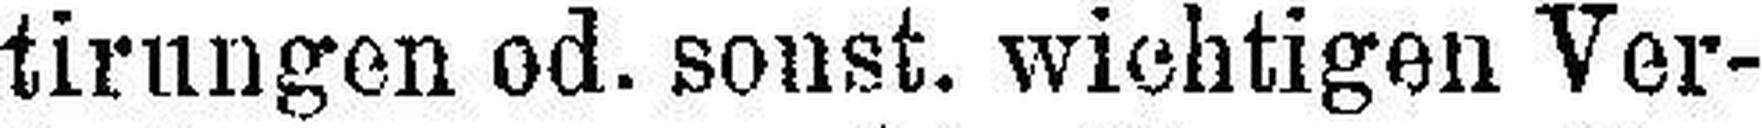
tirungen od. sonst. wichtigen Ver¬